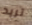
تريد